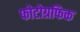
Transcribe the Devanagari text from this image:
फोटोग्रफिक